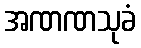
အဏဏသုခံ